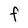
Character: F